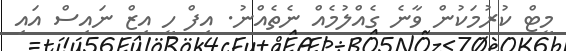
މީޓް ކުރުމަކުން ވާނެ ގެއްލުމެއް ނެތެެއްނު. އިފް ހީ އިޒް ނައިސް އައި